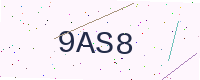
Text: 9AS8